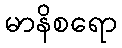
မာနိစရော